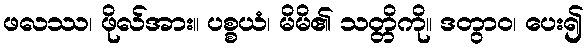
ဖလဿ၊ ဖိုလ်အား။ ပစ္စယံ၊ မိမိ၏ သတ္တိကို။ ဒတွာဝ၊ ပေး၍